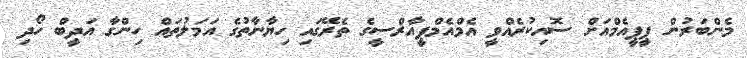
މެންބަރުން ޕީޕީއެމްއަށް ސޮއިކުރެއްވީ އެމްއެމްޕީއާރްސީގެ ތެރޭގައި ހިޔާނާތުގެ އަމަލުތައް ހިންގާ އަދީބް ހޯދި